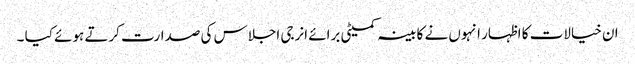
ان خیالات کا اظہار انہوں نے کابینہ کمیٹی برائے انرجی اجلاس کی صدارت کرتے ہوئے کیا ۔